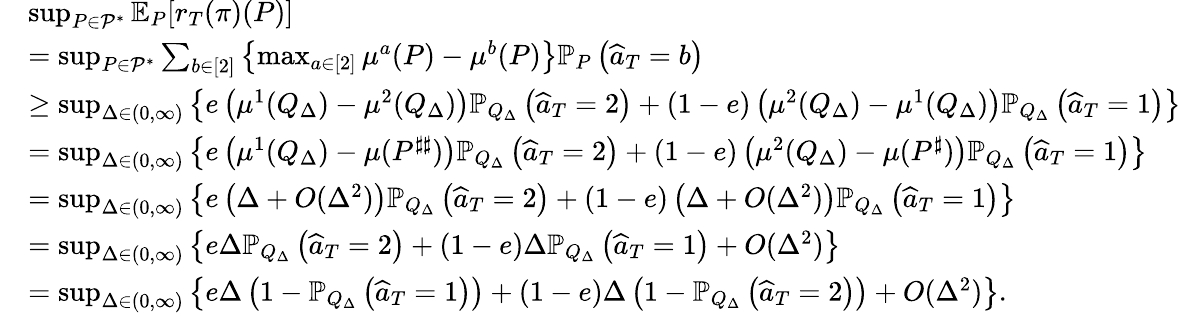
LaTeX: \begin{array}{rl}&{\operatorname*{sup}_{P\in\mathcal{P}^{*}}\mathbb{E}_{P}[r_{T}(\pi)(P)]}\\ &{=\operatorname*{sup}_{P\in\mathcal{P}^{*}}\sum_{b\in[2]}\left\{ \operatorname*{max}_{a\in[2]}\mu^{a}(P)-\mu^{b}(P)\right\} \mathbb{P}_{P}\left(\widehat{a}_{T}=b\right)}\\ &{\geq\operatorname*{sup}_{\Delta\in(0,\infty)}\left\{ e\left(\mu^{1}(Q_{\Delta})-\mu^{2}(Q_{\Delta})\right)\mathbb{P}_{Q_{\Delta}}\left(\widehat{a}_{T}=2\right)+(1-e)\left(\mu^{2}(Q_{\Delta})-\mu^{1}(Q_{\Delta})\right)\mathbb{P}_{Q_{\Delta}}\left(\widehat{a}_{T}=1\right)\right\} }\\ &{=\operatorname*{sup}_{\Delta\in(0,\infty)}\left\{ e\left(\mu^{1}(Q_{\Delta})-\mu(P^{\sharp\sharp})\right)\mathbb{P}_{Q_{\Delta}}\left(\widehat{a}_{T}=2\right)+(1-e)\left(\mu^{2}(Q_{\Delta})-\mu(P^{\sharp})\right)\mathbb{P}_{Q_{\Delta}}\left(\widehat{a}_{T}=1\right)\right\} }\\ &{=\operatorname*{sup}_{\Delta\in(0,\infty)}\left\{ e\left(\Delta+O(\Delta^{2})\right)\mathbb{P}_{Q_{\Delta}}\left(\widehat{a}_{T}=2\right)+(1-e)\left(\Delta+O(\Delta^{2})\right)\mathbb{P}_{Q_{\Delta}}\left(\widehat{a}_{T}=1\right)\right\} }\\ &{=\operatorname*{sup}_{\Delta\in(0,\infty)}\left\{ e\Delta\mathbb{P}_{Q_{\Delta}}\left(\widehat{a}_{T}=2\right)+(1-e)\Delta\mathbb{P}_{Q_{\Delta}}\left(\widehat{a}_{T}=1\right)+O(\Delta^{2})\right\} }\\ &{=\operatorname*{sup}_{\Delta\in(0,\infty)}\left\{ e\Delta\left(1-\mathbb{P}_{Q_{\Delta}}\left(\widehat{a}_{T}=1\right)\right)+(1-e)\Delta\left(1-\mathbb{P}_{Q_{\Delta}}\left(\widehat{a}_{T}=2\right)\right)+O(\Delta^{2})\right\} .}\end{array}